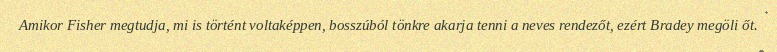
Amikor Fisher megtudja, mi is történt voltaképpen, bosszúból tönkre akarja tenni a neves rendezőt, ezért Bradey megöli őt.